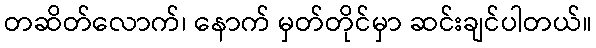
တဆိတ်လောက်၊ နောက် မှတ်တိုင်မှာ ဆင်းချင်ပါတယ်။